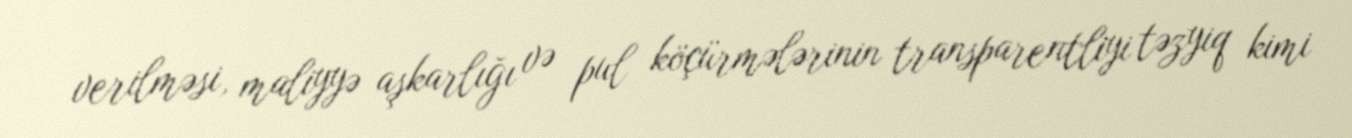
verilməsi, maliyyə aşkarlığı və pul köçürmələrinin transparentliyi təzyiq kimi